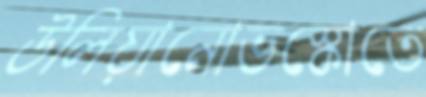
উলিয়ানোভস্কোতে